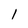
Character: 1